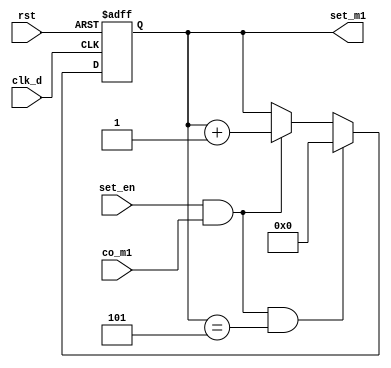
`timescale 1ns / 1ps
//////////////////////////////////////////////////////////////////////////////////
// Company: 
// Engineer: 
// 
// Design Name: 
// Module Name: setting_m1
// Project Name: 
// Target Devices: 
// Tool Versions: 
// Description: 
// 
// Dependencies: 
// 
// Revision:
// Revision 0.01 - File Created
// Additional Comments:
// 
//////////////////////////////////////////////////////////////////////////////////


module setting_m1(
    input clk_d,
    input rst,
    input set_en,
    input co_m1,
    
    output reg [3:0] set_m1
    );
    reg [3:0] set_tmp;
    
    always@( posedge clk_d or posedge rst )
        if(rst)
            set_m1 <= 4'd0;
        else
            set_m1 <= set_tmp; 
            
    always@*
        if( set_en && co_m1 && set_m1==4'd5 )
        begin //59->00
            set_tmp = 4'd0;    
        end
        else if( set_en && co_m1 )
        begin
            set_tmp = set_m1 + 1'b1;
        end
        else
        begin
            set_tmp = set_m1;
        end 
       
endmodule